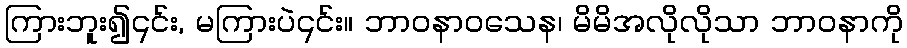
ကြားဘူး၍၎င်း, မကြားပဲ၎င်း။ ဘာဝနာဝသေန၊ မိမိအလိုလိုသာ ဘာဝနာကို